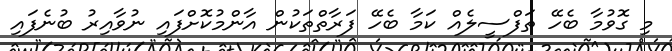
މި ގޮވުމާ ބެހޭ ތަފްސީލެއް ކަމާ ބެހޭ ފަރާތްތަކުން އާންމުކޮށްފައި ނުވާއިރު ބުނެފައި